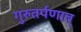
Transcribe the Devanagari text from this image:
गुरुतर्पणात्